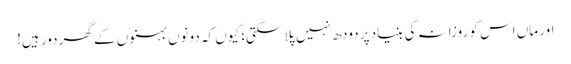
اور ماں اس کو روزانہ کی بنیاد پر دودھ نہیں پلا سکتی؛ کیوں کہ دونوں بہنوں کے گھر دور ہیں!